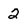
Character: 2